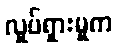
လှုပ်ရှားမှုက